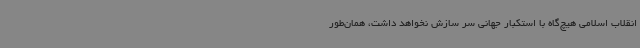
انقلاب اسلامی هیچ‌گاه با استکبار جهانی سر سازش نخواهد داشت، همان‌طور